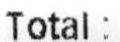
TOTAL: